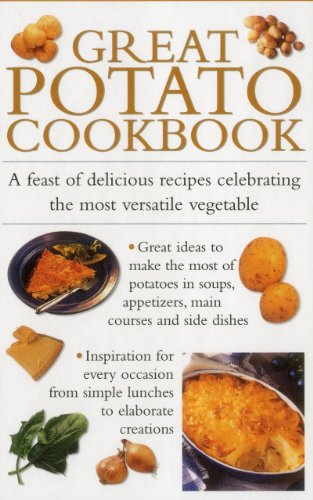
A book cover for Great Potato Cookbook: A Feast Of Delicious Recipes Celebrating The Most Versatile Vegetable; Valerie Ferguson; Cookbooks, Food & Wine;